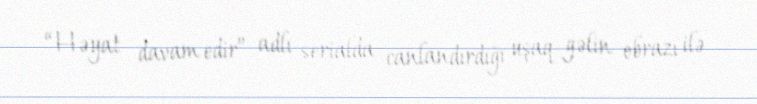
“Həyat davam edir” adlı serialda canlandırdığı uşaq gəlin obrazı ilə